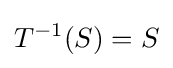
T^{-1}(S)=S